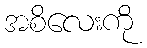
အစိလေးကို